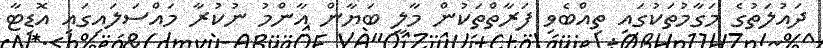
ދައުލަތުގެ މަގާމުތަކުގައި ތިއްބެވި ފަރާތްތަކުން މާލީ ބަޔާން އާންމު ނުކުރާ މައްސަަލައިގައި އޮޑިޓާ